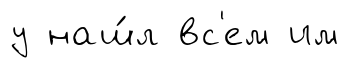
у наш́л вс'ем им